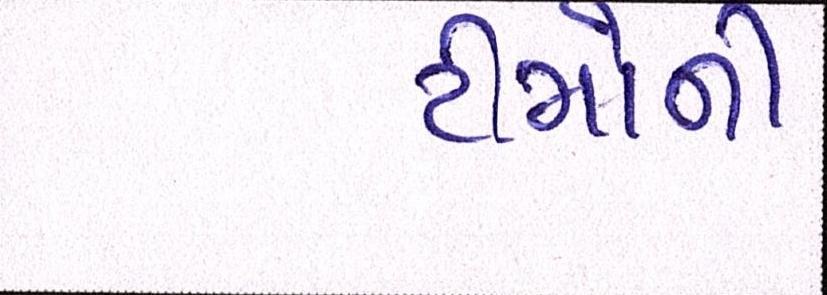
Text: ટીમોની